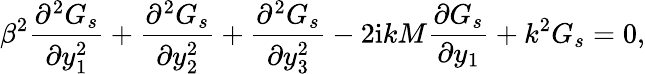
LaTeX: \beta^{2}\frac{\partial^{2}G_{s}}{\partial y_{1}^{2}}+\frac{\partial^{2}G_{s}}{\partial y_{2}^{2}}+\frac{\partial^{2}G_{s}}{\partial y_{3}^{2}}-2\mathrm{i}kM\frac{\partial G_{s}}{\partial y_{1}}+k^{2}G_{s}=0,